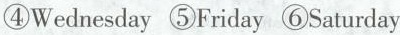
④Wednesday ⑤Friday ⑥Saturday